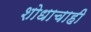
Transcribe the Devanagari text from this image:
शोधाचाही